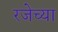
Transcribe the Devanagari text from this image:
रजेच्या